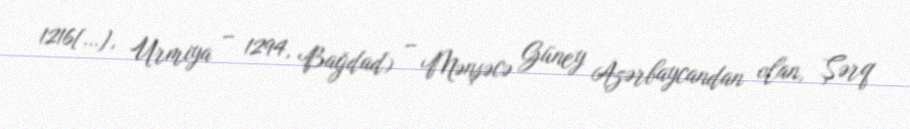
1216[…], Urmiya – 1294, Bağdad) – Mənşəcə Güney Azərbaycandan olan, Şərq